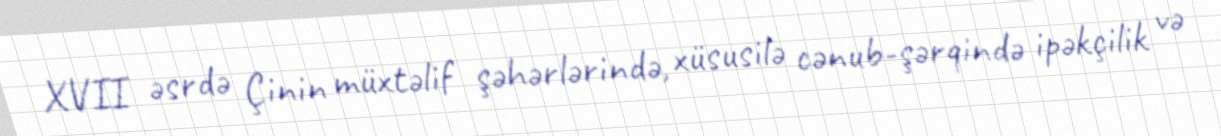
XVII əsrdə Çinin müxtəlif şəhərlərində, xüsusilə cənub-şərqində ipəkçilik və